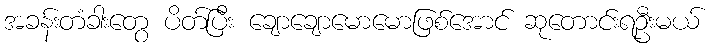
အခန်းတံခါးတွေ ပိတ်ပြီး ချောချောမောမောဖြစ်အောင် ဆုတောင်းရဦးမယ်